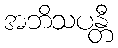
အဘိသပန္တီ